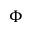
\Phi